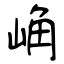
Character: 崅